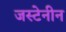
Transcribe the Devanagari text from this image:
जस्टेनीन